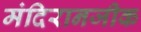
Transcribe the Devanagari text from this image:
मंदिरानजीक